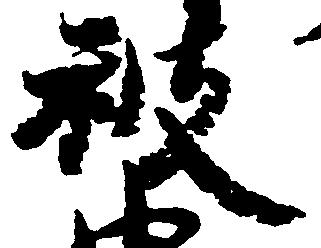
被